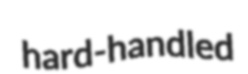
hard-handled